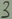
Text: 3